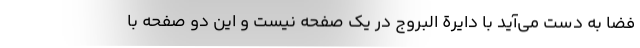
فضا به دست می‌آید با دایرة البروج در یک صفحه نیست و این دو صفحه با